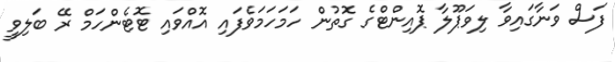
ފަސް ވަނާގައިވާ ލިވަޕޫލާ ޕޮއިންޓްގެ ގޮތުން ހަމަހަމަވެފައި އޮއްވައި ޓޮޓެންހަމް ރޭ ބަލިވީ